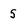
Character: 5